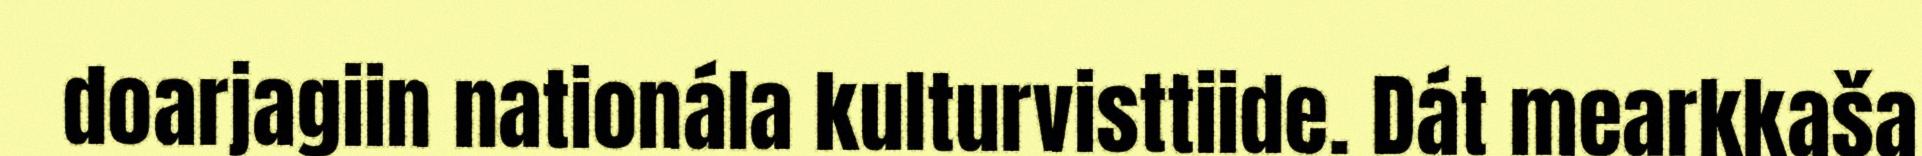
doarjagiin nationála kulturvisttiide. Dát mearkkaša